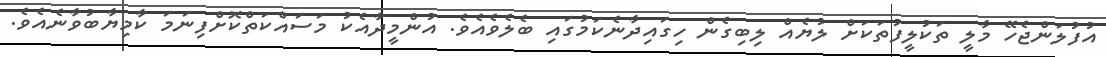
އުފުލަންޖެހޭ މާލީ ތަކުލީފުތަކަށް ލުޔެއް ލިބިގެން ހިގައިދާނެކަމުގައި ބެލެވެއެވެ. އުންމީދާއެކު މަސައްކަތްކޮށްފިނަމަ ކާމިޔާބުވާނެއެވެ.